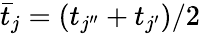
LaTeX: \bar{t}_{j}=(t_{j^{\prime\prime}}+t_{j^{\prime}})/2